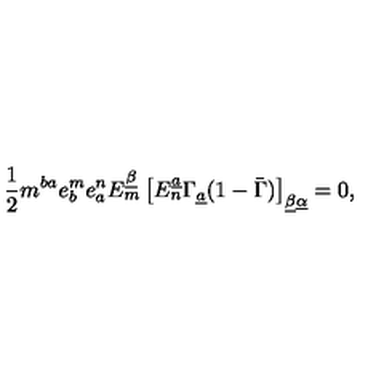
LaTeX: { \frac { 1 } { 2 } } m ^ { b a } e _ { b } ^ { m } e _ { a } ^ { n } E _ { m } ^ { \underline { \beta } } \left[ E _ { n } ^ { \underline { a } } \Gamma _ { \underline { a } } ( 1 - \bar { \Gamma } ) \right] _ { \underline { \beta } \underline { \alpha } } = 0 ,